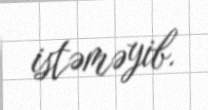
istəməyib.